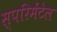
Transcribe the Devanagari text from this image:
स्परिमेंटेल